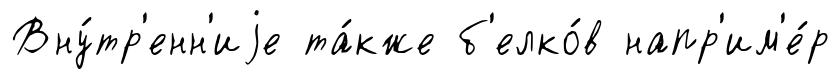
Вну́тр'енн'иjе та́кже б'елко́в напр'им'е́р